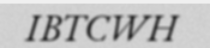
IBTCWH